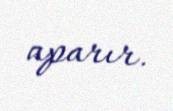
aparır.